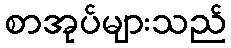
စာအုပ်များသည်